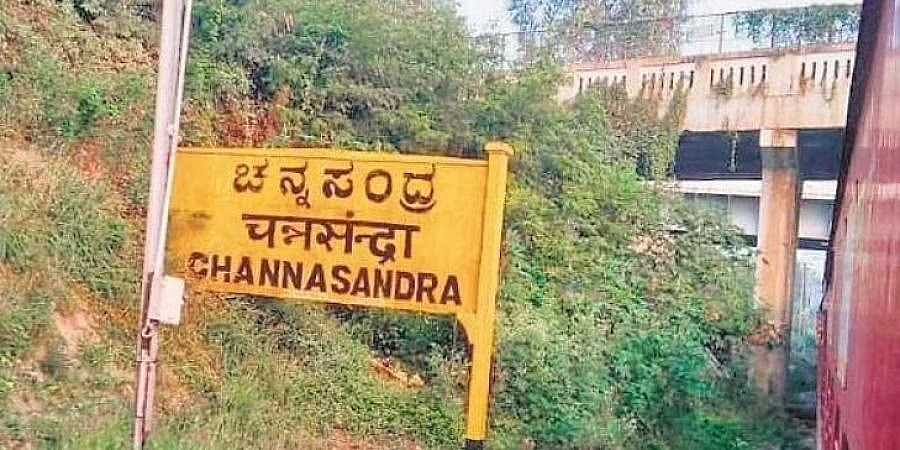
Language: kannada
Transcription: ಚನ್ನಸಂದ್ರ